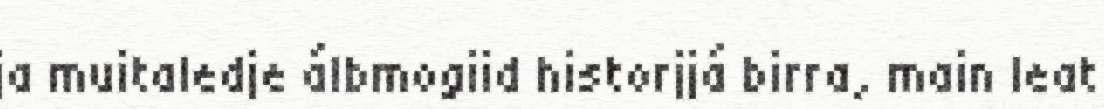
ja muitaledje álbmogiid historjjá birra, main leat